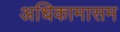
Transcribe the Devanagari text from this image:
अधिकामासम